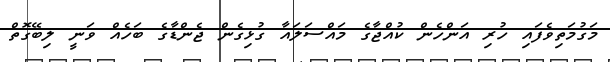
މަގުމަތިވެފައި ހުރި އަންހެން ކުއްޖާގެ މައްސަލައާ ގުޅިގެން ޖެންޑާގެ ބަހެއް ވަނީ ލިބޭގޮތް